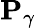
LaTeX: \mathbf{P}_{\gamma}